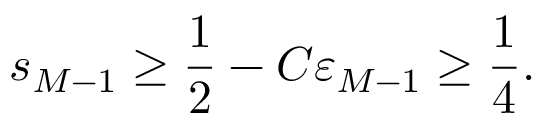
s _ { M - 1 } \geq \frac 1 2 - C \varepsilon _ { M - 1 } \geq \frac 1 4 .